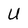
Character: U